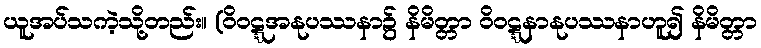
ယူအပ်သကဲ့သို့တည်း။ (ဝိဝဋ္ဋအနုပဿနာ၌ နိမိတ္တာ ဝိဝဋ္ဋနာနုပဿနာဟူ၍ နိမိတ္တာ